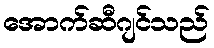
အောက်ဆီဂျင်သည်